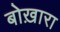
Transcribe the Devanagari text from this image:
बोख़ारा